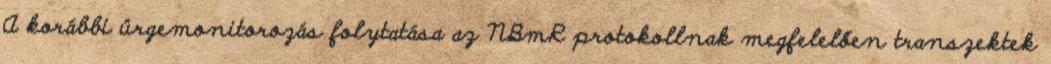
A korábbi ürgemonitorozás folytatása az NBmR protokollnak megfelelően transzektek